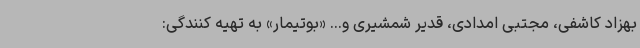
بهزاد کاشفی، مجتبی امدادی، قدیر شمشیری و... «بوتیمار» به تهیه کنندگی: